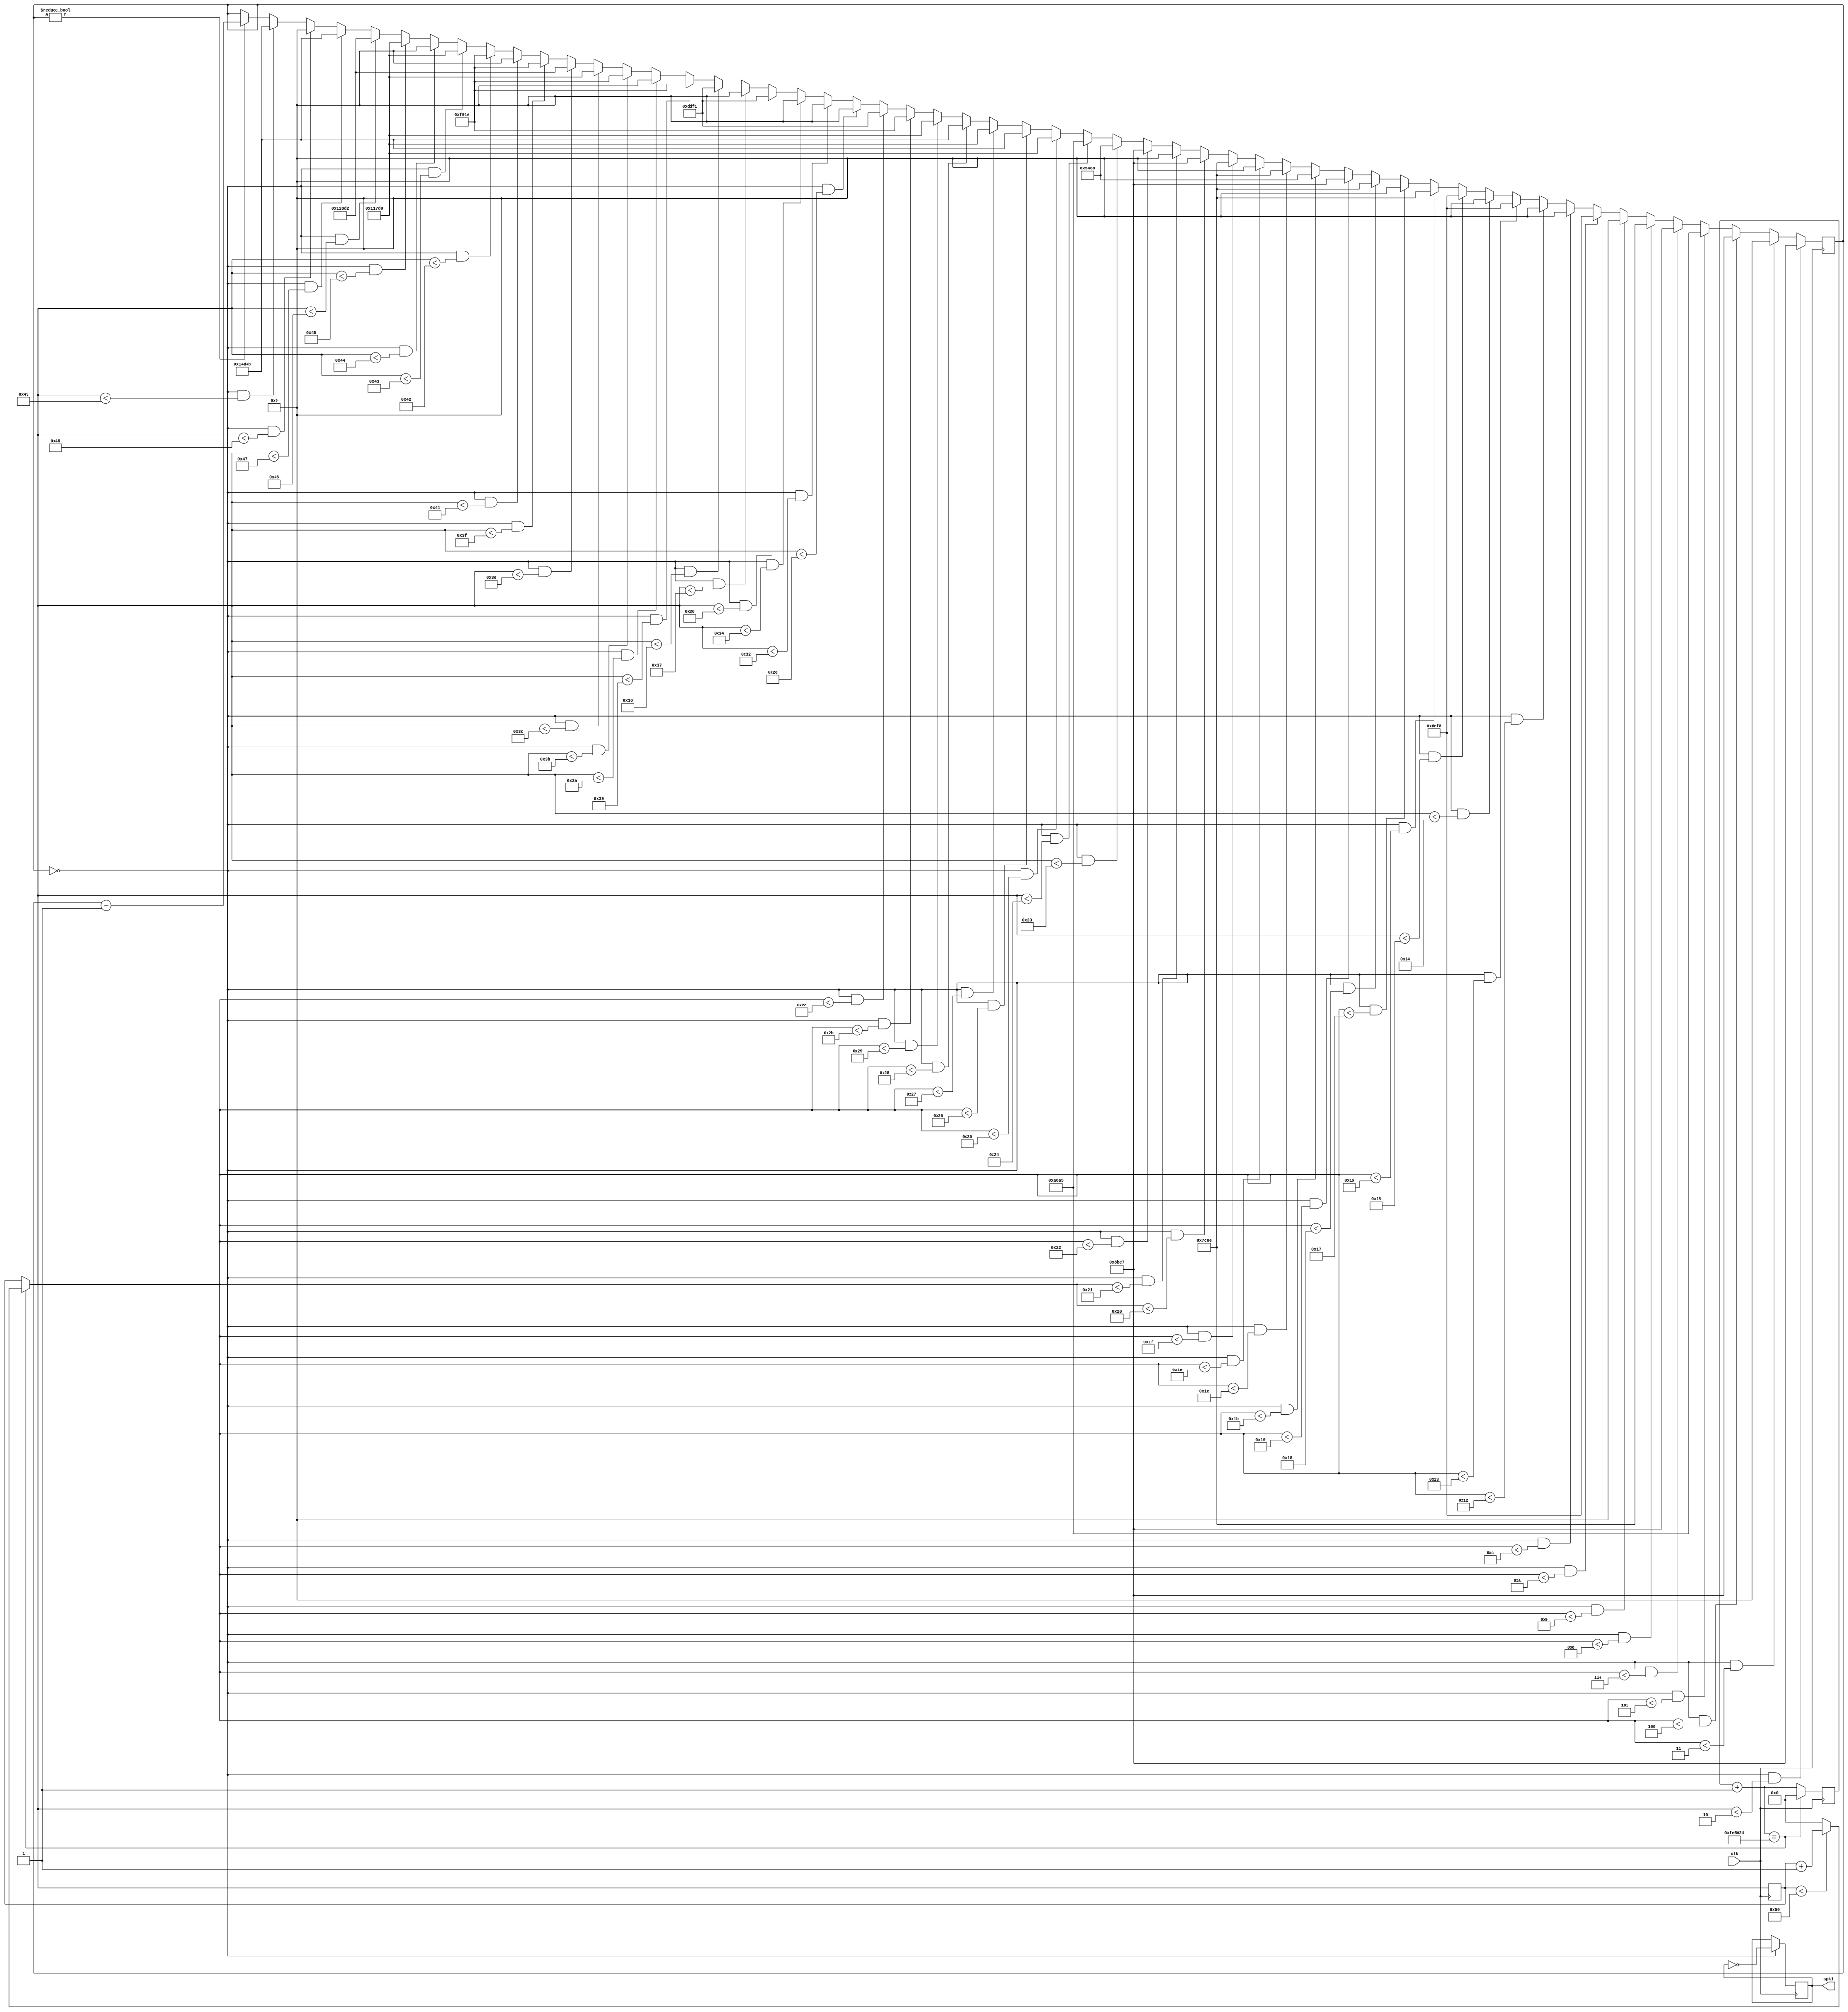
module musicbox3(clk, spk1);
input clk;
output spk1;
parameter inClk = 50000000; 	//reference clock
parameter c4 = inClk/261/2; //Do4 261Hz
parameter d4 = inClk/293/2; //Re4 293Hz
parameter e4 = inClk/329/2; //Mi4 329Hz
parameter f4 = inClk/349/2; //Fa4 349Hz
parameter g4 = inClk/392/2; //Sol4 392Hz
parameter a4 = inClk/440/2; //La4 440Hz
parameter b4 = inClk/493/2; //Si4 493Hz
parameter c5 = c4/2; //Do5 522Hz
parameter d5 = d4/2; //Re5 586Hz
parameter e5 = e4/2; //Mi5 658Hz
parameter f5 = f4/2; //Fa5 698Hz
parameter g5 = g4/2; //Sol5 784Hz
parameter a5 = a4/2; //La5 880Hz
parameter b5 = b4/2; //Si5 986Hz
parameter stop = 0; //stop note
parameter refreshT = inClk/60*20; //0.5 seconds
// parameter refreshT = inClk/2;
reg [26:0] clkRefresh, countUp;
reg [16:0] counter;
reg spk1;

always @(posedge clk) begin
  clkRefresh = clkRefresh + 1;
  if(clkRefresh == refreshT) begin
    if(countUp < 80) countUp = countUp + 1; else countUp = 0;
    clkRefresh = 0;
  end
    if(counter == 0 && countUp < 2) counter <= f5-1;
    else if(counter == 0 && countUp < 3) counter <= stop;
	 else if(counter == 0 && countUp < 4) counter <= f5-1;
    // else if(counter == 0 && countUp < 3) counter <= g4-1;
    else if(counter == 0 && countUp < 5) counter <= d5-1;
    else if(counter == 0 && countUp < 6) counter <= f5-1;
    else if(counter == 0 && countUp < 8) counter <= g5-1;
	 else if(counter == 0 && countUp < 9) counter <= stop;
    else if(counter == 0 && countUp < 10) counter <= a5-1;
	 else if(counter == 0 && countUp < 12) counter <= stop;
    else if(counter == 0 && countUp < 18) counter <= stop;
    
    else if(counter == 0 && countUp < 19) counter <= a5-1;
    else if(counter == 0 && countUp < 20) counter <= stop;
	 else if(counter == 0 && countUp < 21) counter <= a5-1;
	 else if(counter == 0 && countUp < 22) counter <= g5-1;
	 else if(counter == 0 && countUp < 23) counter <= stop;
	 else if(counter == 0 && countUp < 24) counter <= g5-1;
	 else if(counter == 0 && countUp < 25) counter <= f5-1;
	 else if(counter == 0 && countUp < 27) counter <= e5-1;
	 else if(counter == 0 && countUp < 28) counter <= g5-1;
	 
	 else if(counter == 0 && countUp < 30) counter <= stop;
	 else if(counter == 0 && countUp < 31) counter <= g5-1;
	 else if(counter == 0 && countUp < 32) counter <= f5-1;
	 else if(counter == 0 && countUp < 33) counter <= stop;
	 else if(counter == 0 && countUp < 34) counter <= f5-1;
	 else if(counter == 0 && countUp < 35) counter <= e5-1;
	 else if(counter == 0 && countUp < 36) counter <= d5-1;
    
	 else if(counter == 0 && countUp < 37) counter <= f4-1;
	 else if(counter == 0 && countUp < 38) counter <= d4-1;
	 else if(counter == 0 && countUp < 39) counter <= f4-1;
	 else if(counter == 0 && countUp < 40) counter <= d4-1;
	 else if(counter == 0 && countUp < 41) counter <= f4-1;
	 else if(counter == 0 && countUp < 43) counter <= g4-1;
	 else if(counter == 0 && countUp < 44) counter <= a4-1;
	 else if(counter == 0 && countUp < 46) counter <= stop;
	 else if(counter == 0 && countUp < 50) counter <= stop;
	 else if(counter == 0 && countUp < 52) counter <= stop;
	 
	 else if(counter == 0 && countUp < 54) counter <= a4-1;
	 else if(counter == 0 && countUp < 55) counter <= stop;
	 else if(counter == 0 && countUp < 56) counter <= a4-1;
	 else if(counter == 0 && countUp < 57) counter <= g4-1;
	 else if(counter == 0 && countUp < 58) counter <= stop;
	 else if(counter == 0 && countUp < 59) counter <= g4-1;
	 else if(counter == 0 && countUp < 60) counter <= f4-1;
	 else if(counter == 0 && countUp < 62) counter <= e4-1;
	 else if(counter == 0 && countUp < 63) counter <= g4-1;
	 
	 else if(counter == 0 && countUp < 65) counter <= stop;
	 else if(counter == 0 && countUp < 66) counter <= g4-1;
	 else if(counter == 0 && countUp < 67) counter <= f4-1;
	 else if(counter == 0 && countUp < 68) counter <= stop;
	 else if(counter == 0 && countUp < 69) counter <= f4-1;
	 else if(counter == 0 && countUp < 70) counter <= e4-1;
	 else if(counter == 0 && countUp < 71) counter <= d4-1;
	 else if(counter == 0 && countUp < 72) counter <= stop;
	 else if(counter == 0 && countUp < 73) counter <= d4-1;
	 
    else if(counter != 0) counter <= counter-1;
end

always @(posedge clk) if(counter == 0) spk1 <= ~spk1;
endmodule